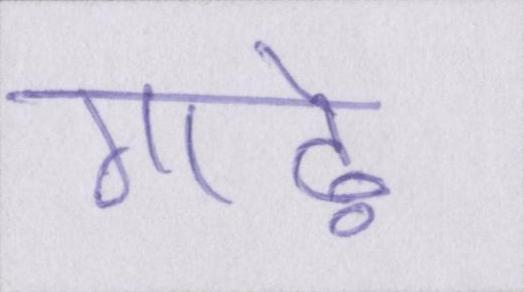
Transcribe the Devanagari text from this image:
गाढ़े